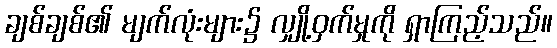
ချစ်ချစ်၏ မျက်လုံးများ၌ လျှို့ဝှက်မှုကို ရှာကြည့်သည်။